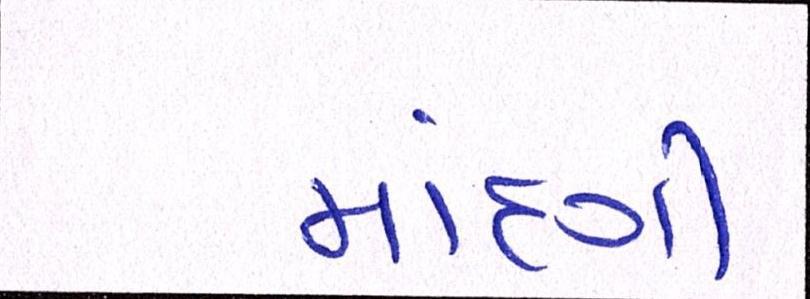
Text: માંદગી